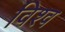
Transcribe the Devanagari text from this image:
विश्व